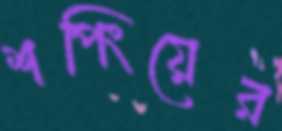
শপিংয়ের